Papers set at the Examination for Leaving Certificates, 1895
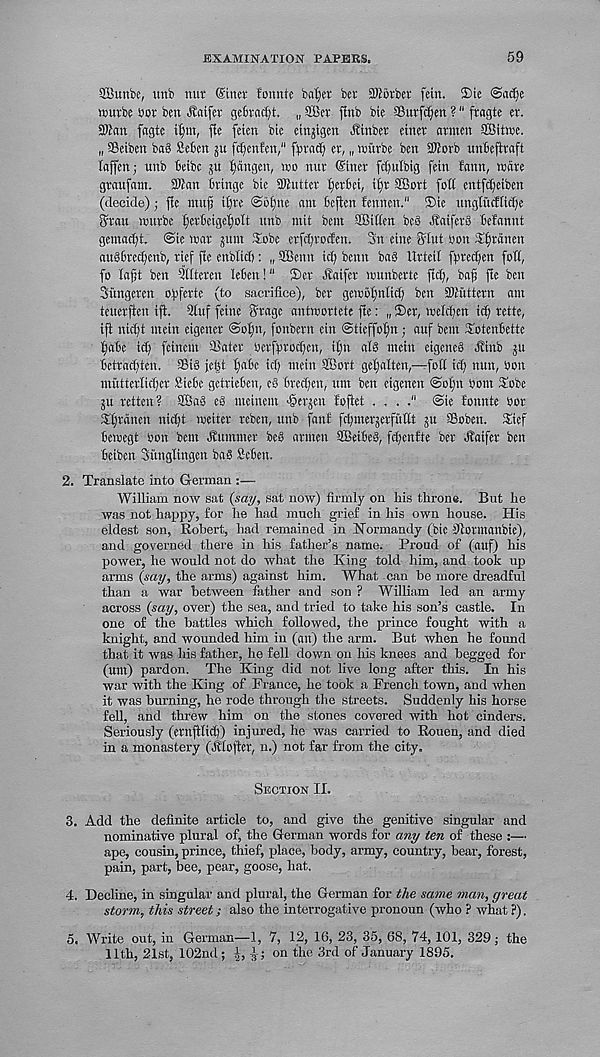
EXAMINATION PAPERS.
59
Sffiunbe, unb nut ©inct fonnte ba^ct bet STObrbet fein. ®ie <Sadje
wurbe but ben ^taifet gefetac^t. „ SBet jlnb bte SSutfc[)en ?" ftagte et.
SWan fagte
fie feien bic einjlgen Jlinbet einet arinen SBitme.
„ SSetben bag fieben ju ft^enfen," fbtadj et, „ vuittbe ben IKorb unbeftraft
laffen; unb beibc 5U l)dngen, wo nut ©inet fdfulbig fein fann, ware
gtaufam. SWan bringe bie UKutter tjetbei, i£)t SSotl foil entfdfeiben
(decide); fie ntufj it)re j@o|ne am bcften lennen." ®ie unglucttid)e
Stan wutbe fjerbeigelfolt unb mil bent Sffiitlen be3 ^aifetS belannt
gemadft. @te war 511111 Sobe ci'fcf)rocfen. 3n eine fflut bon Xfjtdnen
au@6tecf)enb, tief fie enblidj: „ SBenn id) benn bag lltteil fbtecfien foil,
fo lajjt ben Qltteren leben!" ®et dlaifcr wunbette fid;, ba^ fie ben
Sungeten ofiferte (to sacrifice), bet gewofjnlid; ben SSKuttetn am
teuerfien ifl. 5luf feine Stage antwortete fie: „ 2>et, weld;en id; telle,
ift nid;t mein eigencr @ol)n, fonbern ein @tieffof)n; auf bent Sbtenbette
fjabe id; feinent SSatet bcrffttodjcn, i£m alg mein eigeneg Jl'inb 511
betradften. SBig je^t Ijabe id; mein SBotl gel;alten,—foil id; nun, bon
mutterlidfer Biebc geltieben, eg bred;en, tun ben eigenen @o!;n bom Sobe
5U tellen? SBag eg mcinent ^etjen loflet . . .
@ie fonnte bor
Slftdnen nidjt wetter reben, unb fanf fci;nter5etfuttt 5U SBoben. 3nef
bewegt bon bent Summer beg arnten SBeibeg, fdfenfte bet Jlaifer ben
beiben Sitnglingen bag Men.
2. Translate into German :—
William now sat (say, sat now) firmly on his throne. But he
was not happy, for he had much grief in his own house. His
eldest son, Robert, had remained in Normandy (bie Dlotmanbie),
and governed there in his father’s name. Proud of (auf) his
power, he would not do what the King told him, and took up
arms (say, the arms) against him. What can be more dreadful
than a war between father and son ? William led an army
across (say, over) the sea, and tried to take his son’s castle. In
one of the battles which followed, the prince fought with a
knight, and wounded him in (an) the arm. But when he found
that it was his father, he fell down on his knees and begged for
(um) pardon. The King did not live long after this. In his
war with the King of France, he took a French town, and when
it was burning, he rode through the streets. Suddenly his horse
fell, and threw him on the stones covered with hot cinders.
Seriously (entftM)) injured, he was carried to Rouen, and died
in a monastery (.Sllojler, n.) not far from the city.
Section II.
3. Add the definite article to, and give the genitive singular and
nominative plural of, the German words for any ten of these :—
ape, cousin, prince, thief, place, body, army, country, bear, forest,
pain, part, bee, pear, goose, hat.
4. Decline, in singular and plural, the German for the same man, great
storm, this street; also the interrogative pronoun (who ? what ?).
5. Write out, in German—1, 7, 12, 16, 23, 35, 68, 74,101, 329; the
11th, 21st, 102nd ; J, l ; on the 3rd of January 1895.